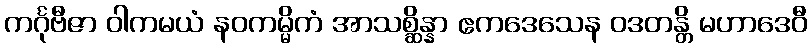
ကင်္ဂုဗီဇာ ဝါကမယံ နဝကမ္မိကံ အာသစ္ဆိန္နာ ဧကဒေသေန ဝဒတန္တိ မဟာဒေဝီ